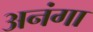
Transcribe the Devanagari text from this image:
अनंगा